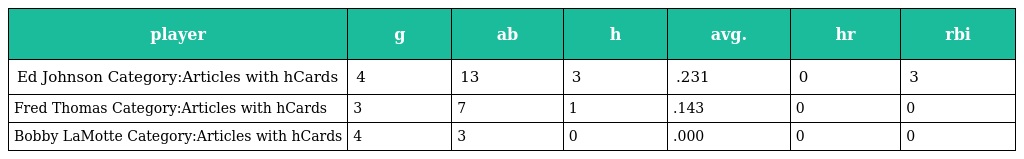
| player | g | ab | h | avg. | hr | rbi |
 | --- | --- | --- | --- | --- | --- | --- |
 | Ed Johnson Category:Articles with hCards | 4 | 13 | 3 | .231 | 0 | 3 |
 | Fred Thomas Category:Articles with hCards | 3 | 7 | 1 | .143 | 0 | 0 |
 | Bobby LaMotte Category:Articles with hCards | 4 | 3 | 0 | .000 | 0 | 0 |